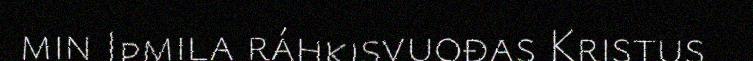
min Ipmila ráhkisvuođas Kristus